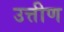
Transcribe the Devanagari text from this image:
उत्तीण